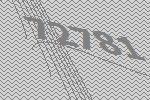
72781